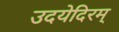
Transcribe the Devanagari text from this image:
उदयेदिरम्